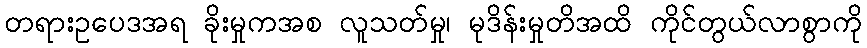
တရားဥပေဒအရ ခိုးမှုကအစ လူသတ်မှု၊ မုဒိန်းမှုတိအထိ ကိုင်တွယ်လာစွာကို